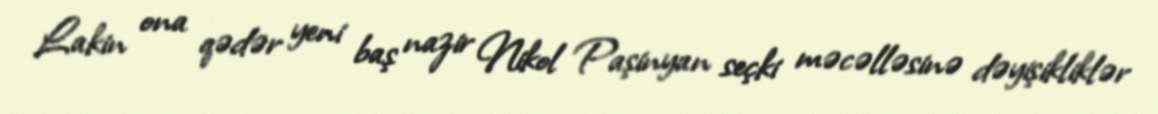
Lakin ona qədər yeni baş nazir Nikol Paşinyan seçki məcəlləsinə dəyişikliklər